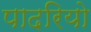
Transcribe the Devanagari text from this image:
पादरियो